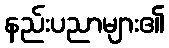
နည်းပညာများ၏